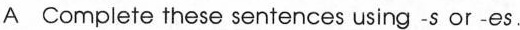
A Complete these sentences using -s or -es.